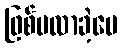
ဖြစ်မလာခဲ့ပေ